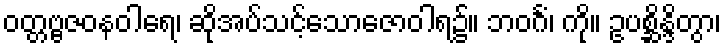
ဝတ္တဗ္ဗဇဝနဝါရေ၊ ဆိုအပ်သင့်သောဇောဝါရ၌။ ဘဝင်္ဂံ၊ ကို။ ဥပစ္ဆိန္ဒိတွာ၊